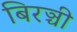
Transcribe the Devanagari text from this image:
बिरञ्ची